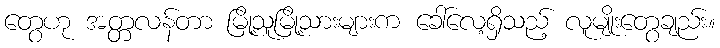
တွေဟု အတ္တလန်တာ မြို့သူမြို့သားများက ခေါ်လေ့ရှိသည့် လူမျိုးတွေချည်း။